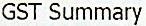
GST SUMMARY